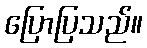
ပြောပြသည်။